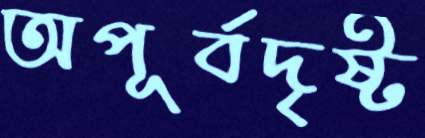
অপূর্বদৃষ্ট